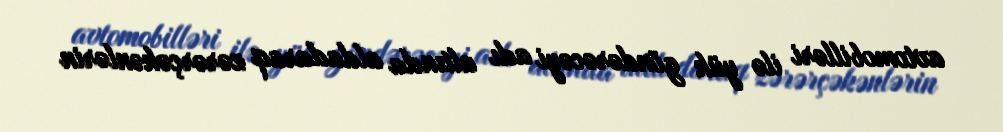
avtomobilləri ilə yük göndərəcəyi adı altında aldadaraq zərərçəkənlərin